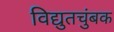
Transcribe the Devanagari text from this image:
विद्युतचुंबक